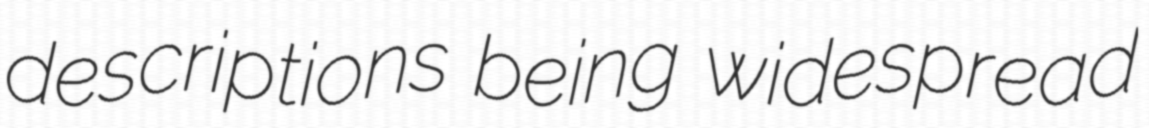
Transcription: descriptions being widespread